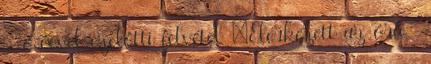
- 8 évvel ezelőtti felvétel „Elérkezett az óra ”